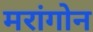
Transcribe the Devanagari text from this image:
मरांगोन